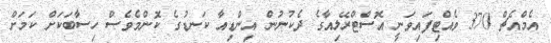
އެމްއެޗް 370 ވެއްޓިފައިވަނީ އޮސްޓްރޭލިއާގެ ދެކުނުން އިންޑިއާ ކަނޑުގެ ކޮންމެވެސް ހިސާބަކަށް ކަމަށް